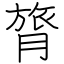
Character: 膂